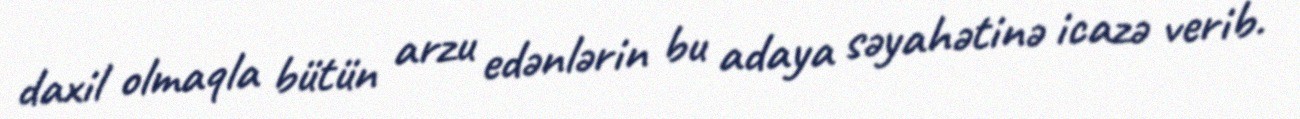
daxil olmaqla bütün arzu edənlərin bu adaya səyahətinə icazə verib.